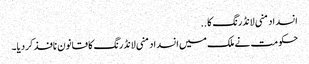
انسداد منی لانڈرنگ کا ..
حکومت نے ملک میں انسداد منی لانڈرنگ کا قانون نافذ کردیا۔